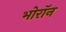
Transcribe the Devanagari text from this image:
भोरॉन